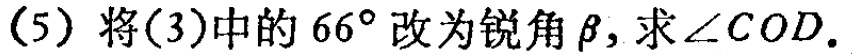
(5) 将(3)中的 \(66^{\circ}\) 改为锐角 \(\beta\)，求 \(\angle COD\).